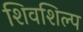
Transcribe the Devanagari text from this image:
शिवशिल्प